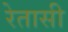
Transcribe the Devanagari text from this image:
रेतासी